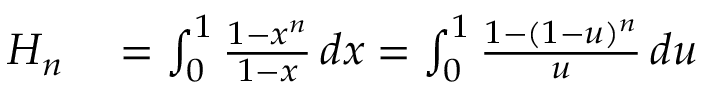
\begin{array} { r l } { H _ { n } } & { { } = \int _ { 0 } ^ { 1 } { \frac { 1 - x ^ { n } } { 1 - x } } \, d x = \int _ { 0 } ^ { 1 } { \frac { 1 - ( 1 - u ) ^ { n } } { u } } \, d u } \end{array}